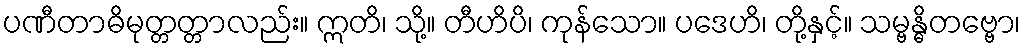
ပဏီတာဓိမုတ္တတ္တာလည်း။ ဣတိ၊ သို့။ တီဟိပိ၊ ကုန်သော။ ပဒေဟိ၊ တို့နှင့်။ သမ္ဗန္ဓိတဗ္ဗော၊